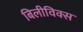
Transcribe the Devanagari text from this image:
बिलीविक्स